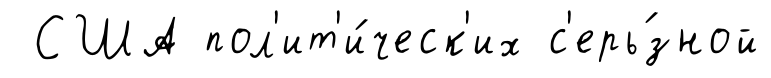
США пол'ит'и́ческ'их с'ерь́зной